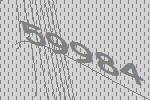
59984